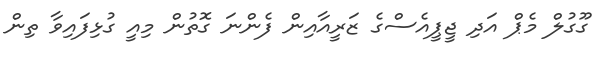
ގޫގުލް މެޕް އަދި ޖީޕީއެސްގެ ޒަރީއާއިން ފެންނަ ގޮތުން މިއީ ގުޅިފައިވާ ތިން